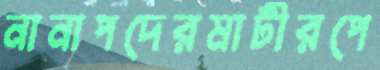
নানাপদেরমাটীরপে